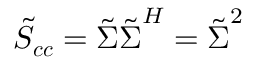
\boldsymbol { \tilde { S } _ { c c } } = \boldsymbol { \tilde { \Sigma } } \boldsymbol { \tilde { \Sigma } } ^ { H } = \boldsymbol { \tilde { \Sigma } } ^ { 2 }